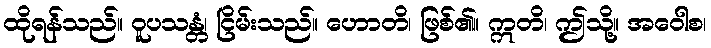
ထိုရန်သည်။ ဝူပသန္တံ၊ ငြိမ်းသည်။ ဟောတိ၊ ဖြစ်၏။ ဣတိ၊ ဤသို့။ အဝေါစ၊